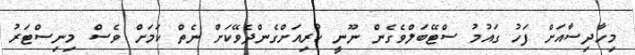
މިހާދިސާއަށް ފަހު ގައުމު ސްޓޭބަލްވެގެން ނޫނީ ކުރިއަށްގެންދެވޭކަށް ނެތް ކަމަށް ވެސް މިނިސްޓަރު